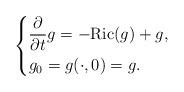
LaTeX: \begin{align*}\left\{\begin{aligned}&\frac{\partial}{\partial t}g=-{\rm{ Ric }}(g)+g,\\&g_0=g(\cdot,0)=g. \end{aligned} \right.\end{align*}